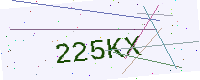
Text: 225KX